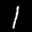
Label: 1